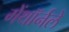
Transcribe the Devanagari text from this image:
मेंथॉर्नले